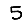
Digit: 5